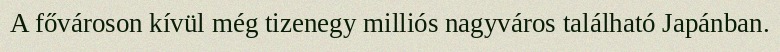
A fővároson kívül még tizenegy milliós nagyváros található Japánban.